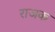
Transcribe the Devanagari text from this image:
राजक